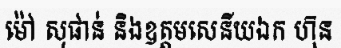
ម៉ៅ សុផាន់ និងឧត្តមសេនីយឯក ហ៊ុន